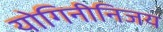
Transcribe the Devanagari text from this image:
योगिनीनिजय